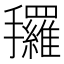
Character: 𰔿